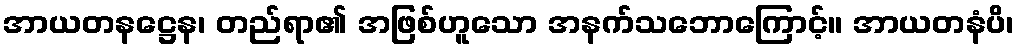
အာယတနဋ္ဌေန၊ တည်ရာ၏ အဖြစ်ဟူသော အနက်သဘောကြောင့်။ အာယတနံပိ၊